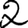
Digit: 2